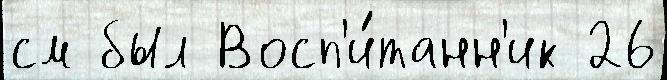
см был Восп'и́танн'ик 26